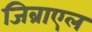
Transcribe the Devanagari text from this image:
जिब्राएल